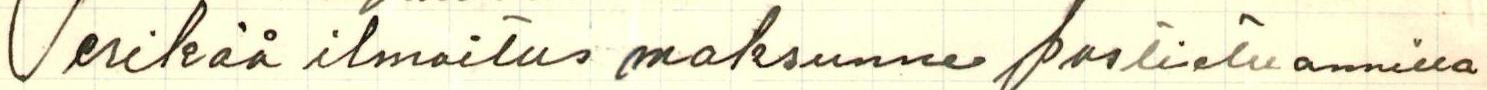
Perikää ilmoitus maksunne postietuannilla